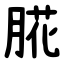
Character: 㬸